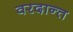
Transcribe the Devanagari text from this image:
वरदान्त